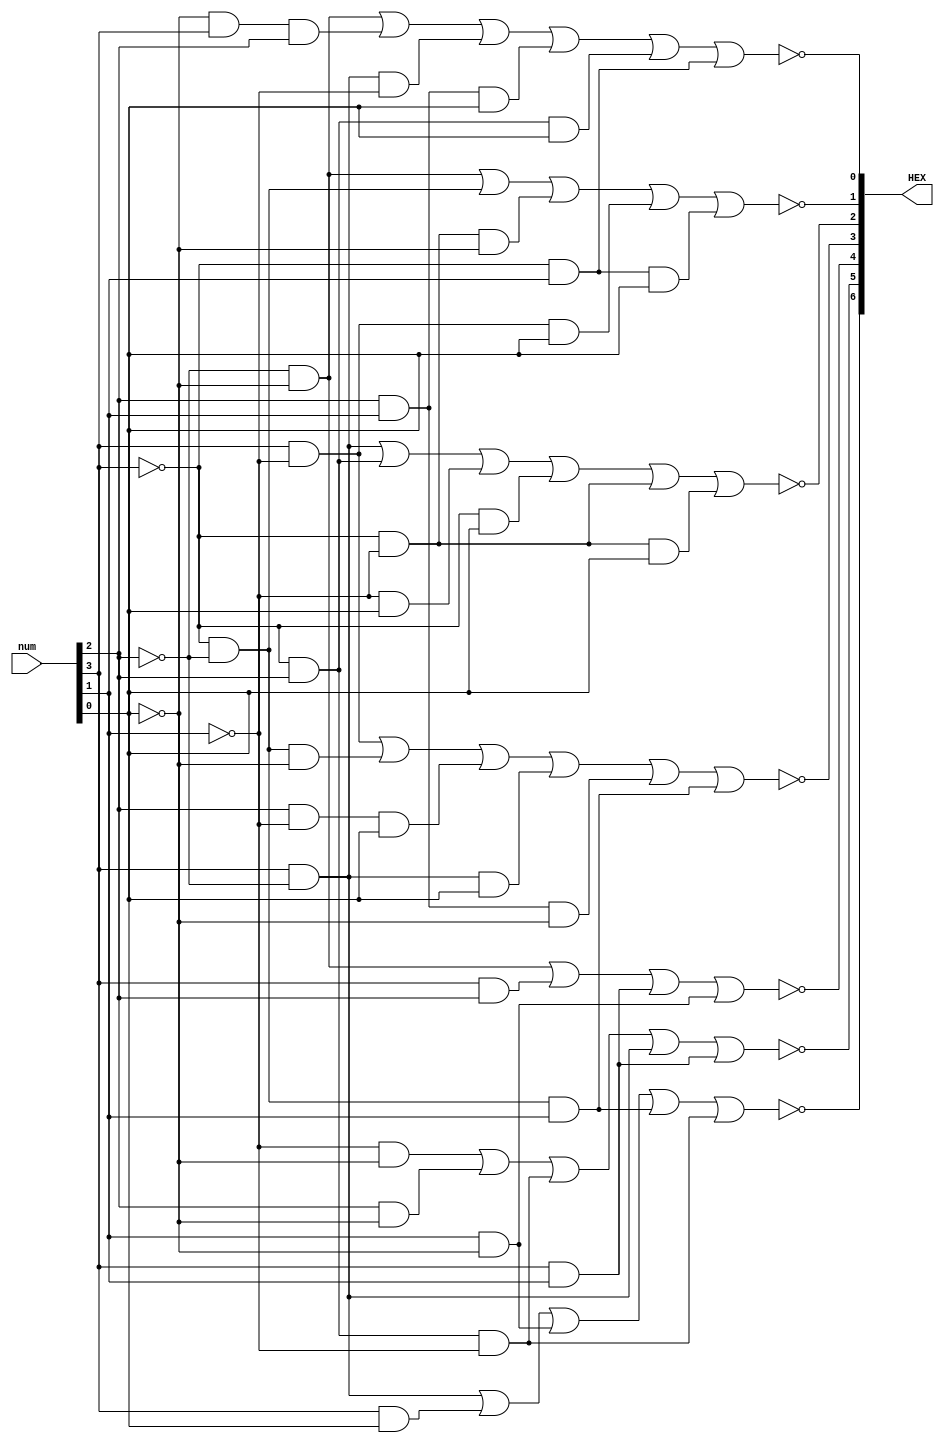
module hex (num, HEX);
	input [3:0]num;
	output [6:0]HEX;

	assign HEX[0] = ~(~num[2] & ~num[0] | ~num[0] & num[3] & num[2] | num[3] & ~num[2] & ~num[1] | num[2] & num[1] & num[0] | ~num[3] & num[2] & num[0] | ~num[3] & num[1]);
	assign HEX[1] = ~(~num[2] & ~num[0] | ~num[3] & ~num[2] | ~num[3] & ~num[1] & ~num[0] | num[3] & ~num[1] & num[0] | ~num[3] & num[1] & num[0]);
	assign HEX[2] = ~(num[3] & ~num[2] | ~num[3] & num[2] | ~num[1] & num[0] | ~num[3] & num[0] | ~num[3] & ~num[1] | ~num[3] & ~num[1] & num[0]);
	assign HEX[3] = ~(num[3] & ~num[1] | ~num[3] & ~num[2] & ~num[0] | num[2] & ~num[1] & num[0] | num[3] & ~num[2] & num[0] | num[2] & num[1] & ~num[0] | ~num[3]  & ~num[2] & num[1]);
	assign HEX[4] = ~(~num[2] & ~num[0] | num[3] & num[2] | num[3] & num[1] | num[1] & ~num[0]);
	assign HEX[5] = ~(~num[1] & ~num[0] | num[2] & ~num[0] | ~num[3] & num[2] & ~num[1] | num[3] & ~num[2] | num[3] & num[1]);
	assign HEX[6] = ~(num[3] & ~num[2] | num[3] & num[0] |  num[1] & ~num[0] | ~num[3] & ~num[2] & num[1] | ~num[3] & num[2] & ~num[1]);
endmodule